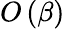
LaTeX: O\left(\beta\right)